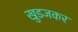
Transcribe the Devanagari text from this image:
खुडजकर